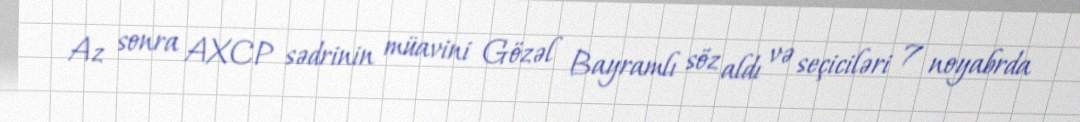
Az sonra AXCP sədrinin müavini Gözəl Bayramlı söz aldı və seçiciləri 7 noyabrda